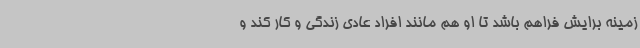
زمینه برایش فراهم باشد تا او هم مانند افراد عادی زندگی و کار کند و